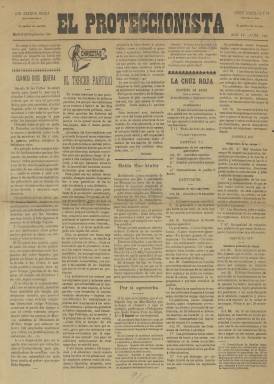
Título: El Proteccionista (Madrid)
Colección: Periódicos
Ámbito geográfico: Madrid
Lugar de publicación: Madrid
Fechas: 20/09/1898-28/08/1936